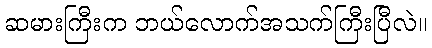
ဆမားကြီးက ဘယ်လောက်အသက်ကြီးပြီလဲ။